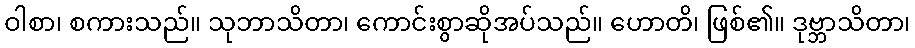
ဝါစာ၊ စကားသည်။ သုဘာသိတာ၊ ကောင်းစွာဆိုအပ်သည်။ ဟောတိ၊ ဖြစ်၏။ ဒုဗ္ဘာသိတာ၊